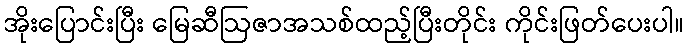
အိုးပြောင်းပြီး မြေဆီဩဇာအသစ်ထည့်ပြီးတိုင်း ကိုင်းဖြတ်ပေးပါ။